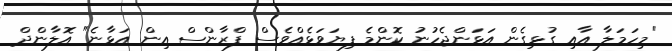
"މިހަމަލާ އާއި ގުޅިގެން އަޅަންޖެހުނު ކޮންމެ ފިޔަވަޅެއްވެސް ފްރާންސް އިން އަޅާނެ" އޮލާންދް